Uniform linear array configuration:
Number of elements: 64
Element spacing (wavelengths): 1
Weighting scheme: exponential
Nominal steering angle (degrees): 15
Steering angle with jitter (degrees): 14.142
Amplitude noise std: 0.05
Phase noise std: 0.05

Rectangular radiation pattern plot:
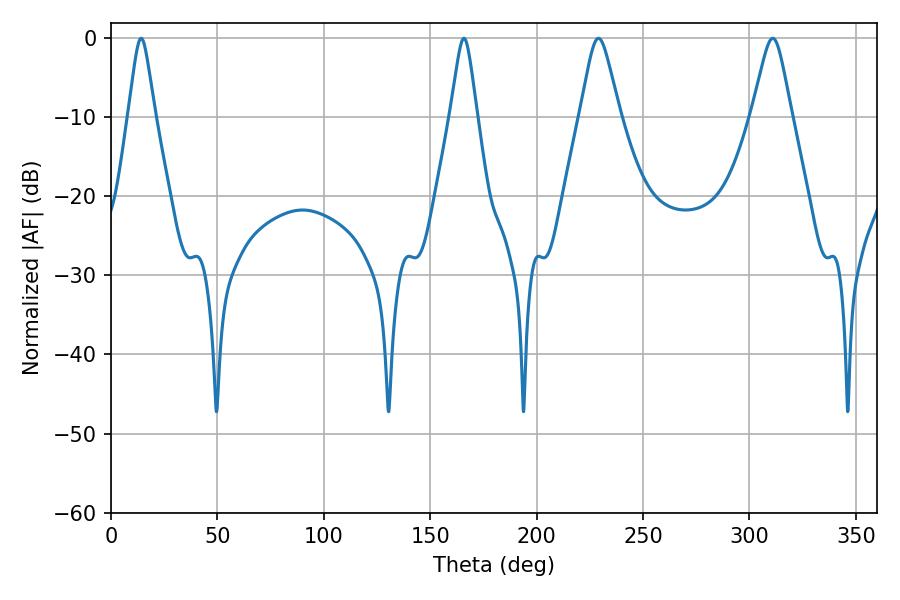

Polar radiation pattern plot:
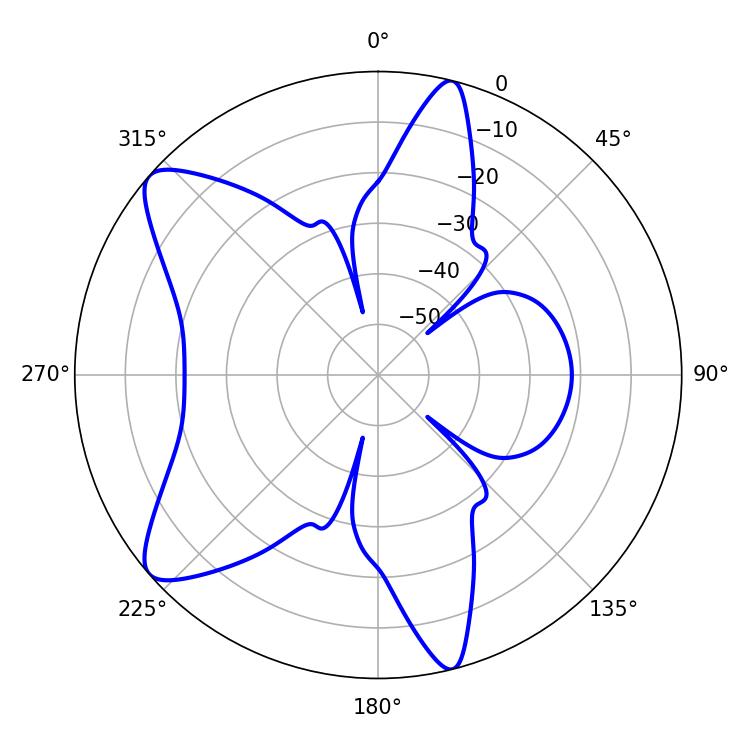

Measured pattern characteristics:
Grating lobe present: TRUE
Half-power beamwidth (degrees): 5.76
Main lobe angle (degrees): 14.22